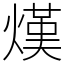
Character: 熯